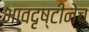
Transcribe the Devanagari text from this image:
भावदृष्टीनेच